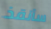
سأنقذ